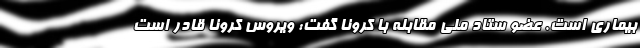
بیماری است. عضو ستاد ملی مقابله با کرونا گفت: ویروس کرونا قادر است